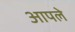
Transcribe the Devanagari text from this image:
अापले